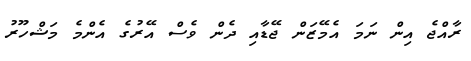
ރާއްޖެ އިން ނަމަ އެމޭޒަން ޖޭޑާއި ދެން ވެސް އޭރުގެ އެންމެ މަޝްހޫރު